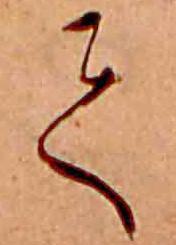
て